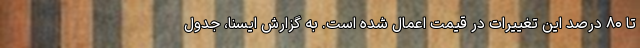
تا ۸۰ درصد این تغییرات در قیمت اعمال شده است. به گزارش ایسنا، جدول